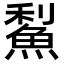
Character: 䱘